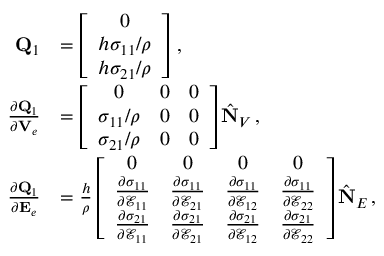
\begin{array} { r l } { { \bf Q } _ { 1 } } & { = \left[ \begin{array} { c } { 0 } \\ { h \sigma _ { 1 1 } / \rho } \\ { h \sigma _ { 2 1 } / \rho } \end{array} \right] \, , } \\ { \frac { \partial { \bf Q } _ { 1 } } { \partial { \bf V } _ { e } } } & { = \left[ \begin{array} { c c c } { 0 } & { 0 } & { 0 } \\ { \sigma _ { 1 1 } / \rho } & { 0 } & { 0 } \\ { \sigma _ { 2 1 } / \rho } & { 0 } & { 0 } \end{array} \right] \hat { \bf N } _ { V } \, , } \\ { \frac { \partial { \bf Q } _ { 1 } } { \partial { \bf E } _ { e } } } & { = \frac { h } { \rho } \left[ \begin{array} { c c c c } { 0 } & { 0 } & { 0 } & { 0 } \\ { \frac { \partial \sigma _ { 1 1 } } { \partial \mathcal { E } _ { 1 1 } } } & { \frac { \partial \sigma _ { 1 1 } } { \partial \mathcal { E } _ { 2 1 } } } & { \frac { \partial \sigma _ { 1 1 } } { \partial \mathcal { E } _ { 1 2 } } } & { \frac { \partial \sigma _ { 1 1 } } { \partial \mathcal { E } _ { 2 2 } } } \\ { \frac { \partial \sigma _ { 2 1 } } { \partial \mathcal { E } _ { 1 1 } } } & { \frac { \partial \sigma _ { 2 1 } } { \partial \mathcal { E } _ { 2 1 } } } & { \frac { \partial \sigma _ { 2 1 } } { \partial \mathcal { E } _ { 1 2 } } } & { \frac { \partial \sigma _ { 2 1 } } { \partial \mathcal { E } _ { 2 2 } } } \end{array} \right] \hat { \bf N } _ { E } \, , } \end{array}